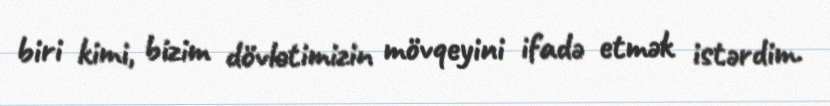
biri kimi, bizim dövlətimizin mövqeyini ifadə etmək istərdim.